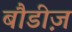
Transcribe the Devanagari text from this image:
बौडीज़